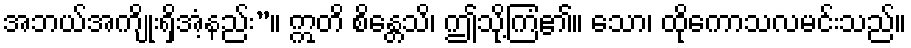
အဘယ်အကျိုးရှိအံ့နည်း”။ ဣတိ စိန္တေသိ၊ ဤသို့ကြံ၏။ သော၊ ထိုကောသလမင်းသည်။